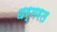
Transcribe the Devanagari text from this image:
धर्मरत